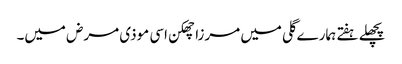
پچھلے ہفتے ہمارے گلی میں مرزا چھکن اسی موذی مرض میں۔